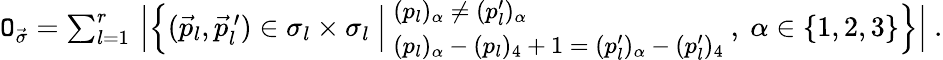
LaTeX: \begin{array}{r}{{\tt O}_{\vec{\sigma}}=\sum_{l=1}^{r}\, \Big|\Big\{ (\vec{p}_{l},\vec{p}_{l}^{\, \prime})\in\sigma_{l}\times\sigma_{l}\ \Big|\ {\small\begin{array}{l}{(p_{l})_{\alpha}\neq(p_{l}^{\prime})_{\alpha}}\\ {(p_{l})_{\alpha}-(p_{l})_{4}+1=(p_{l}^{\prime})_{\alpha}-(p_{l}^{\prime})_{4}}\end{array}}\normalsize\ ,\ \alpha\in\{ 1,2,3\} \Big\} \Big|\ .}\end{array}